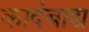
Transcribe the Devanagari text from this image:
कादंबाद्य